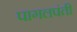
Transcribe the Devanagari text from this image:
पागलपंती